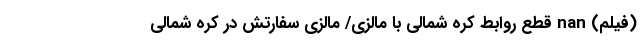
(فیلم) nan قطع روابط کره شمالی با مالزی/ مالزی سفارتش در کره شمالی